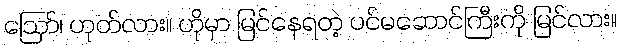
ဪ၊ ဟုတ်လား။ ဟိုမှာ မြင်နေရတဲ့ ပင်မဆောင်ကြီးကို မြင်လား။